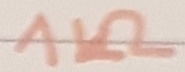
Text: 1kΩ